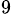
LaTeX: _{9}